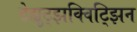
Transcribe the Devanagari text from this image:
टेह्युट्झक्विट्झिन